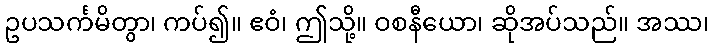
ဥပသင်္ကမိတွာ၊ ကပ်၍။ ဧဝံ၊ ဤသို့။ ဝစနီယော၊ ဆိုအပ်သည်။ အဿ၊